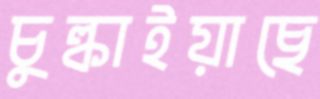
চুল্‌কাইয়াছে